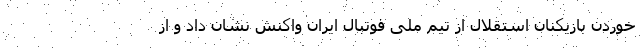
خوردن بازیکنان استقلال از تیم ملی فوتبال ایران واکنش نشان داد و از